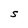
Character: s